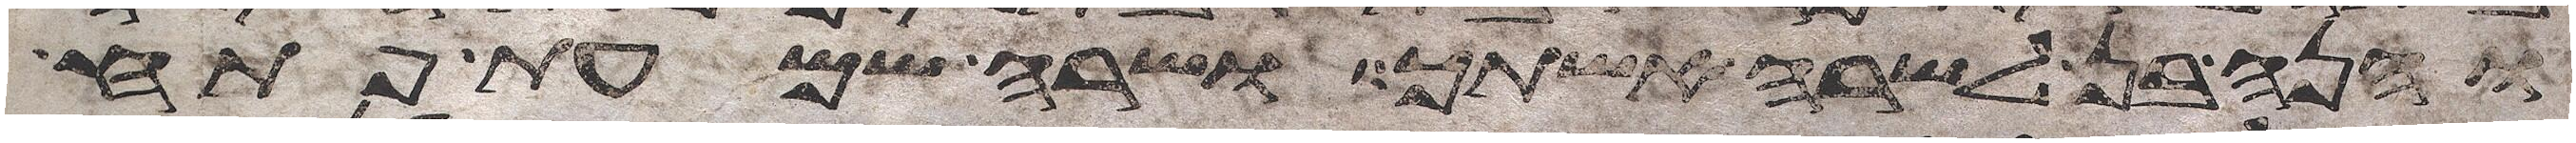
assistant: והנה בן לשרה אשתך ושרה שמעת פתח